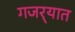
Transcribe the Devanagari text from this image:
गजर्‍यात